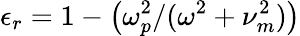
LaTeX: \epsilon_{r}=1-\left(\omega_{p}^{2}/(\omega^{2}+\nu_{m}^{2})\right)